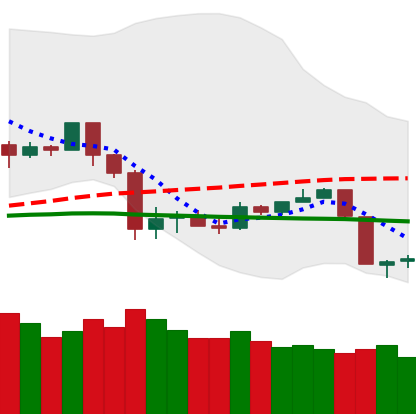
Ticker: TRX-USD
Chart end date: 2020-03-10
Forward return: -31.524%
Label: down_7plus